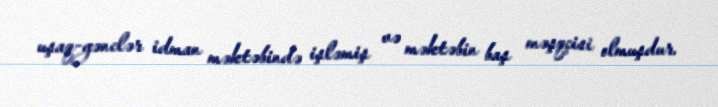
uşaq-gənclər idman məktəbində işləmiş və məktəbin baş məşqçisi olmuşdur.